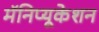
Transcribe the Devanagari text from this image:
मॅनिप्यूकेशन